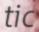
tic